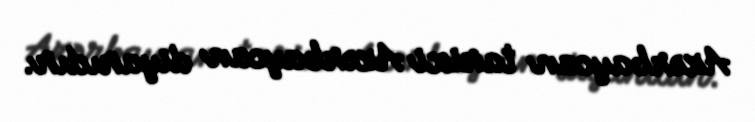
Azərbaycan tarixi Azərbaycan diyarıdır.